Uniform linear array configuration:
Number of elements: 48
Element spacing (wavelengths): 1
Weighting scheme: hann
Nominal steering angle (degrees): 15
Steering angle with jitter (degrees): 13.63
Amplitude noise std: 0.05
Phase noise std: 0.05

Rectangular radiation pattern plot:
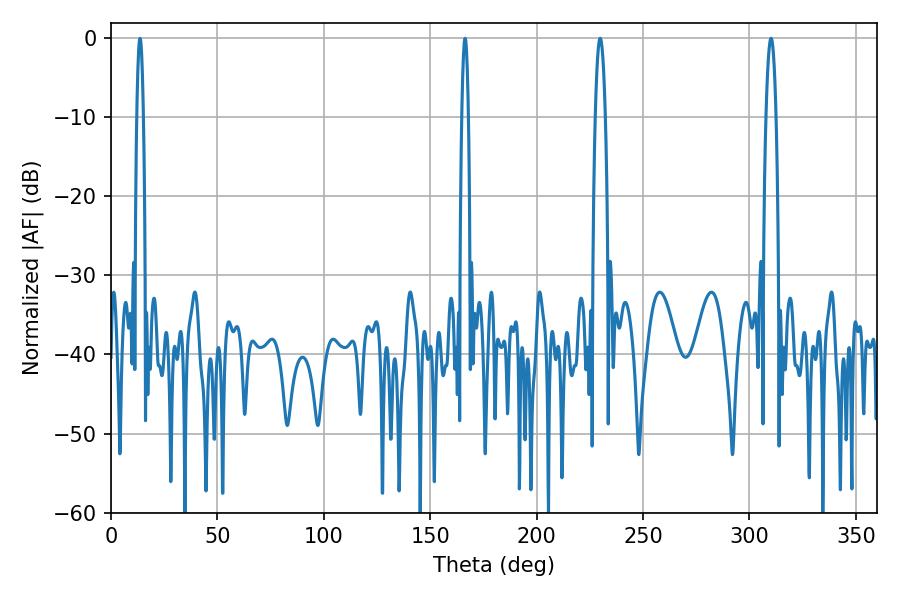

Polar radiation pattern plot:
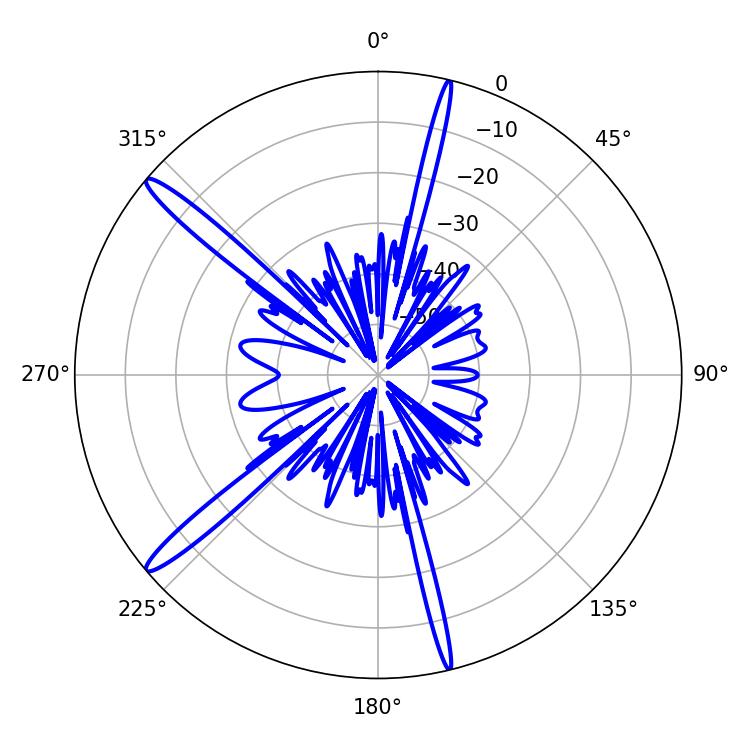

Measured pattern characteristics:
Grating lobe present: TRUE
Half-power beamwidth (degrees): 2.52
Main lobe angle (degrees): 229.86